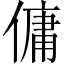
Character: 傭